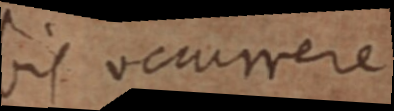
bis occurrere